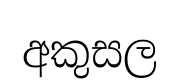
අකුසල